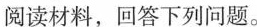
阅读材料，回答下列问题。